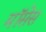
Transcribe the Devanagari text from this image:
मॉसेस